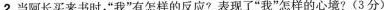
2.当阿长买来书时，”我”有怎样的反应?表现了”我”怎样的心境?(3分)___________